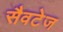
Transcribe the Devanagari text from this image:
सैवटेज